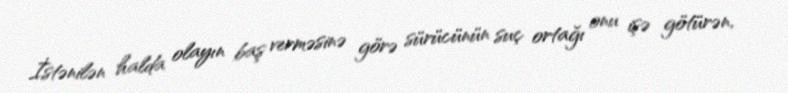
İstənilən halda olayın baş verməsinə görə sürücünün suç ortağı onu işə götürən,